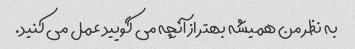
به نظر من همیشه بهتر از آنچه می گویید عمل می کنید.